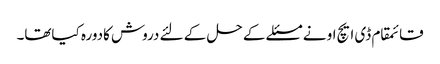
قائمقام ڈی ایچ او نے مسئلے کے حل کے لئے دروش کادورہ کیاتھا۔